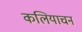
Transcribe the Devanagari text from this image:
कलियाचन